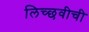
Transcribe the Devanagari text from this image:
लिच्छवीची